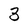
Character: 3